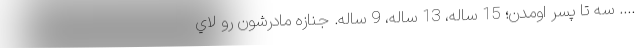
.... سه تا پسر اومدن؛ 15 ساله، 13 ساله، 9 ساله. جنازه مادرشون رو لاي